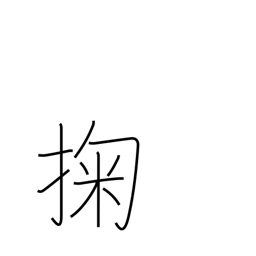
Meaning: scoop up water with the hand